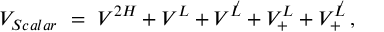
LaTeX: V _ { S c a l a r } \ = \ V ^ { 2 H } + V ^ { L } + V ^ { \not L } + V _ { + } ^ { L } + V _ { + } ^ { \not L } \, ,